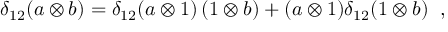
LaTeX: \delta _ { 1 2 } ( a \otimes b ) = \delta _ { 1 2 } ( a \otimes 1 ) \, ( 1 \otimes b ) + ( a \otimes 1 ) \delta _ { 1 2 } ( 1 \otimes b ) \; \; ,